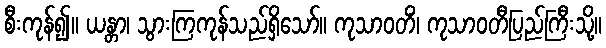
စီးကုန်၍။ ယန္တာ၊ သွားကြကုန်သည်ရှိသော်။ ကုသာဝတိံ၊ ကုသာဝတီပြည်ကြီးသို့။